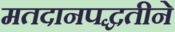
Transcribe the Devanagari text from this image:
मतदानपद्धतीने